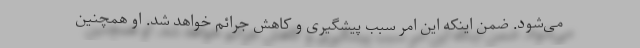
می‌شود. ضمن اینکه این امر سبب پیشگیری و کاهش جرائم خواهد شد. او همچنین